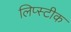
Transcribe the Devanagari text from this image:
लिप्स्टीक